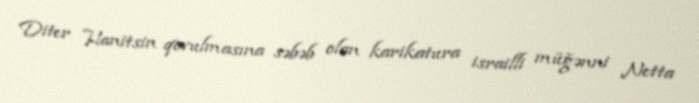
Diter Hanitsin qovulmasına səbəb olan karikatura israilli müğənni Netta